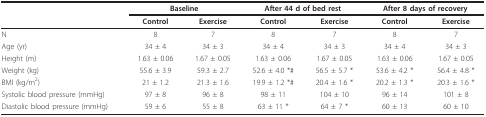
|  | <COLSPAN=2> Baseline | <COLSPAN=2> After 44 d of bed rest | <COLSPAN=2> After 8 days of recovery |
 |  | Control | Exercise | Control | Exercise | Control | Exercise |
 | --- | --- | --- | --- | --- | --- | --- |
 | N | 8 | 7 | 8 | 7 | 8 | 7 |
 | Age (yr) | 34 ± 4 | 34 ± 3 | 34 ± 4 | 34 ± 3 | 34 ± 4 | 34 ± 3 |
 | Height (m) | 1.63 ± 0.06 | 1.67 ± 0.05 | 1.63 ± 0.06 | 1.67 ± 0.05 | 1.63 ± 0.06 | 1.67 ± 0.05 |
 | Weight (kg) | 55.6 ± 3.9 | 59.3 ± 2.7 | 52.6 ± 4.0 *# | 56.5 ± 5.7 * | 53.6 ± 4.2 * | 56.4 ± 4.8 * |
 | BMI (kg/m2) | 21 ± 1.2 | 21.3 ± 1.6 | 19.9 ± 1.2 *# | 20.4 ± 1.6 * | 20.2 ± 1.3 * | 20.3 ± 1.6 * |
 | Systolic blood pressure (mmHg) | 97 ± 8 | 96 ± 8 | 98 ± 11 | 104 ± 10 | 96 ± 14 | 101 ± 8 |
 | Diastolic blood pressure (mmHg) | 59 ± 6 | 55 ± 8 | 63 ± 11 * | 64 ± 7 * | 60 ± 13 | 60 ± 10 |